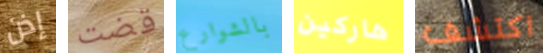
إذن قضت بالشوارع هاركين اكتشف